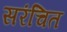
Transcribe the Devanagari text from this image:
सरंचित